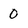
Character: 0